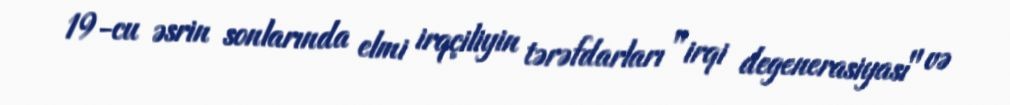
19-cu əsrin sonlarında elmi irqçiliyin tərəfdarları "irqi degenerasiyası" və